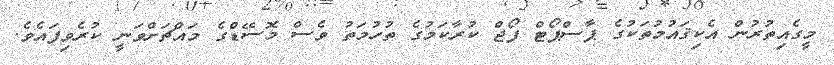
މީގެއިތުރުން އެކިޤައުމުތަކުގެ ޕާސްޕޯޓް ފޯޖް ކުރާކަމުގެ ތުހުމަތު ވެސް މޮސޭޑްގެ މައްޗަށްވަނީ ކުރެވިފައެވެ.